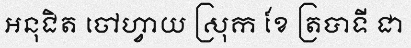
អនុជិត ចៅហ្វាយ ស្រុក ខែ ត្របាទី ជា